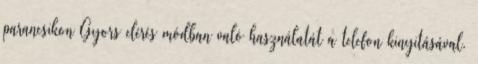
parancsikon Gyors elérés módban való használatát a telefon kinyitásával.